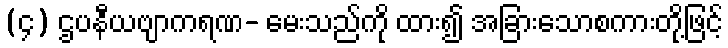
(၄) ဌပနီယဗျာကရဏ- မေးသည်ကို ထား၍ အခြားသောစကားတို့ဖြင့်